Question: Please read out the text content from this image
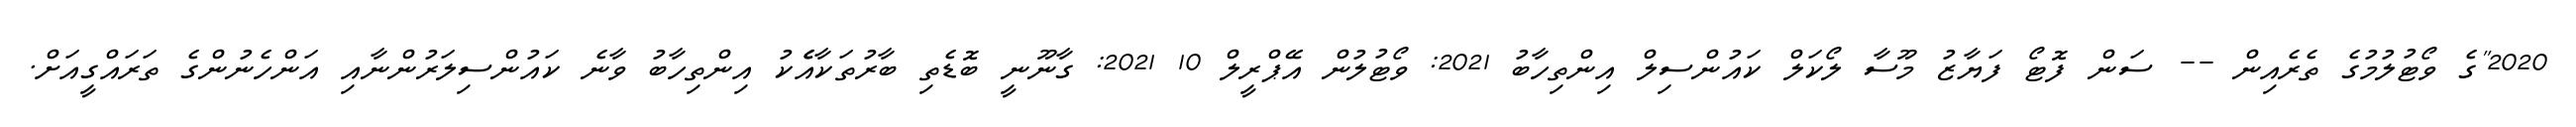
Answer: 2020"ގެ ވޯޓުލުމުގެ ތެރެއިން -- ސަން ފޮޓޯ ފަޔާޒު މޫސާ ލޯކަލް ކައުންސިލް އިންތިހާބު 2021: ވޯޓުލުން އޭޕްރީލް 10 2021: ގާނޫނީ ބޮޑެތި ބާރުތަކާއެެކު އިންތިހާބު ވާނެ ކައުންސިލަރުންނާއި އަންހެނުންގެ ތަރައްގީއަށް.